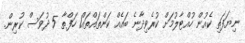
ނިޔަފަތި ކެއުން ހުއްޓާލުމަށް ކުރެވިދާނެ ބައެއް ކަންތައްތައް1 ހަފްތާ 5 ދުވަސް ކުރިން.